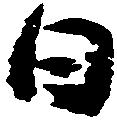
日